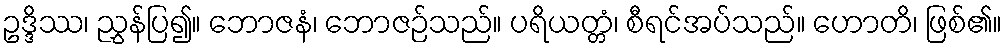
ဥဒ္ဒိဿ၊ ညွှန်ပြ၍။ ဘောဇနံ၊ ဘောဇဉ်သည်။ ပရိယတ္တံ၊ စီရင်အပ်သည်။ ဟောတိ၊ ဖြစ်၏။